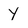
Character: y